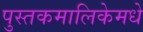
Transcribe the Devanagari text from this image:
पुस्तकमालिकेमधे